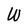
Character: W